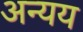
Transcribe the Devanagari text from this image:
अन्यय